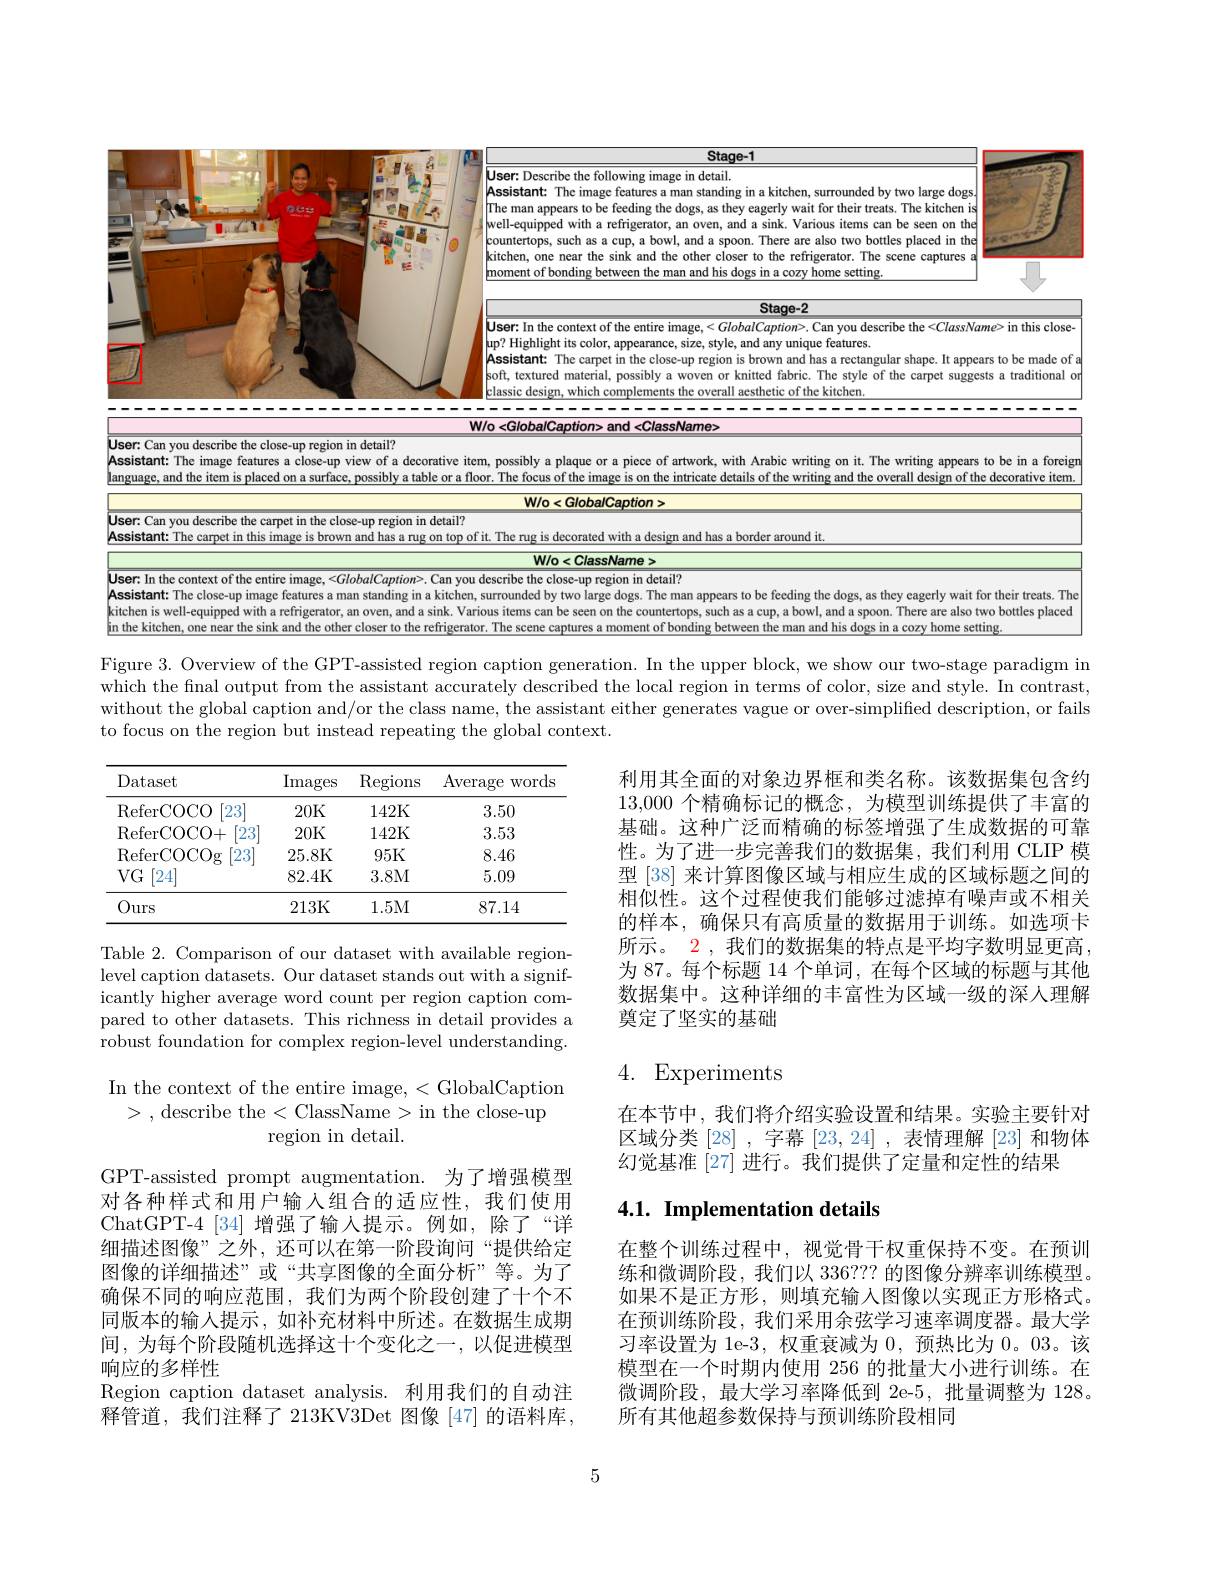
<table>
	<tbody>
		<tr>
			<td> </td>
			<td>Stage-1</td>
		</tr>
		<tr>
			<td>你记记</td>
			<td>User: Describe the following image in detail. |The man appears to be feeding the dogs, as they eagerly wait for their treats. The kitchen is Assistant: The image features a man standing in a kitchen, surrounded by two large dogs well-equipped with a refrigerator, an oven, and a sink. Various items can be seen on the countertops, such as a cup, a bowl, and a spoon. There are also two bottles placed in the kitchen, one near the sink and the other closer to the refrigerator. The scene captures a $\begin{cases}\text{moment of bonding between the man and his dogs in a cozy home setting.}\\\text{moment of bonding between the man and his dogs in a cozy home setting.}\end{cases}$</td>
		</tr>
		<tr>
			<td> </td>
			<td> </td>
		</tr>
		<tr>
			<td> </td>
			<td>Stage-2 $| \textbf{User: In the context of the entire image, }< GlobalCaption> .$ Can you describe the < ClassName> in this close $\mathbf{up?~Highlight~its~color,~appearance,~size,~style,~and~any~unique~features}$ Assistant: The carpet in the close-up region is brown and has a rectangular shape. It appears to be made of s þoft, textured material, possibly a woven or knitted fabric. The style of the carpet suggests a traditional or klassic design, which complements the overall aesthetic of the kitchen. </td>
		</tr>
		<tr>
			<td>User: Can you describe the close-up region in detail? Assistant: The image features a close-up view of a de language, and the item is placed on a surface, possibly a t</td>
			<td>$\iota detail?$ ew of a decorative item, possibly a plaque or a piece of artwork, with Arabic writing on it. The writing appears to be in a foreigr possibly a table or a floor. The focus of the image is on the intricate details of the writing and the overall design of the decorative item</td>
		</tr>
		<tr>
			<td> </td>
			<td>$W/0<G/oba/Caption>$</td>
		</tr>
		<tr>
			<td>User: Can you describe the carpet in the close-up region Assistant: The carpet in this image is brown and has a r</td>
			<td>e-up region in detail? and has a rug order around it</td>
		</tr>
		<tr>
			<td> </td>
			<td>$W/0<C/assName>$</td>
		</tr>
		<tr>
			<td>User: In the context of the entire image, <GlobalCaption Assistant: The close-up image features a man standing kitchen is well-equipped with a refrigerator, an oven, and the kitchen one ear the e sink and the other closer to tl</td>
			<td>$balCaption>.$ Can you describe the close-up region in detail? n standing in a kitchen, surrounded by two large dogs. The man appears to be feeding the dogs, as they eagerly wait for their treats. The oven. and a sink. Various items seen on the countertops, such and a spoon. There are also two bottles placed</td>
		</tr>
	</tbody>
</table>
Figure 3. Overview of the GPT-assisted region caption generation. In the upper block, we show our two-stage paradigm in

which the final output from the assistant accurately described the local region in terms of color, size and style. In contrast, without the global caption and/or the class name, the assistant either generates vague or over-simplified description, or fails to focus on the region but instead repeating the global context.

<table>
	<tbody>
		<tr>
			<th>Dataset</th>
			<th>Images</th>
			<th>$\operatorname{Regions}$</th>
			<th>Average words</th>
		</tr>
		<tr>
			<td>$\lceil23\rceil$ ReferCOCO</td>
			<td>20K</td>
			<td>142K</td>
			<td>3.50</td>
		</tr>
		<tr>
			<td>ReferCOCO+ $\lceil23\rceil$</td>
			<td>20K</td>
			<td>142K</td>
			<td>3.53</td>
		</tr>
		<tr>
			<td>ReferCOCOg [23]</td>
			<td>25.8K</td>
			<td>95K</td>
			<td>8.46</td>
		</tr>
		<tr>
			<td>[24] $VG$</td>
			<td>82.4K</td>
			<td>3.8M</td>
			<td>5.09</td>
		</tr>
		<tr>
			<td>Ours</td>
			<td>213K</td>
			<td>1.5M</td>
			<td>87.14</td>
		</tr>
	</tbody>
</table>

利用其全面的对象边界框和类名称。该数据集包含约13,000个精确标记的概念，为模型训练提供了丰富的基础。这种广泛而精确的标签增强了生成数据的可靠性。为了进一步完善我们的数据集，我们利用 CLIP 模型 [38] 来计算图像区域与相应生成的区域标题之间的相似性。这个过程使我们能够过滤掉有噪声或不相关的样本，确保只有高质量的数据用于训练。如选项卡所示。2 , 我们的数据集的特点是平均字数明显更高， 为 87。每个标题 14 个单词，在每个区域的标题与其他数据集中。这种详细的丰富性为区域一级的深人理解奠定了坚实的基础

Table 2. Comparison of our dataset with available regionlevel caption datasets. Our dataset stands out with a significantly higher average word count per region caption compared to other datasets. This richness in detail provides a robust foundation for complex region-level understanding.

# 4. Experiments

In the context of the entire image, < GlobalCaption > ,describe the<ClassName>in the close-up
region in detail.

在本节中，我们将介绍实验设置和结果。实验主要针对区域分类[28] ,字幕[23,24] ,表情理解 [23] 和物体幻觉基准 [27] 进行。我们提供了定量和定性的结果

## 4.1. Implementation details

GPT-assisted prompt augmentation. 为了增强模型对各种样式和用户输入组合的适应性，我们使用ChatGPT-4$\mid34\mid$增强了输人提示。例如，除了“详细描述图像”之外，还可以在第一阶段询问“提供给定图像的详细描述”或“共享图像的全面分析”等。为了确保不同的响应范围，我们为两个阶段创建了十个不同版本的输入提示，如补充材料中所述。在数据生成期间，为每个阶段随机选择这十个变化之一，以促进模型响应的多样性
Region caption dataset analysis. 利用我们的自动注释管道，我们注释了 213KV3Det 图像[47]的语料库，

在整个训练过程中，视觉骨干权重保持不变。在预训练和微调阶段，我们以 336??? 的图像分辨率训练模型。如果不是正方形，则填充输入图像以实现正方形格式。在预训练阶段，我们采用余弦学习速率调度器。最大学习率设置为 1e-3, 权重衰减为0，预热比为0。03。该模型在一个时期内使用 256 的批量大小进行训练。在微调阶段，最大学习率降低到 2e-5,批量调整为 128。所有其他超参数保持与预训练阶段相同

5